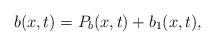
\begin{align*}b(x,t)= P_b(x,t) + b_1(x,t),\end{align*}